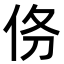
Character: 𬽺